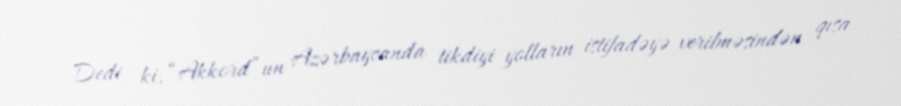
Dedi ki, “Akkord”un Azərbaycanda tikdiyi yolların istifadəyə verilməsindən qısa